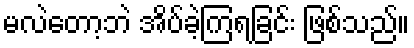
မလဲတော့ဘဲ အိပ်ခဲ့ကြရခြင်း ဖြစ်သည်။